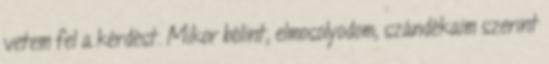
vetem fel a kérdést. Mikor bólint, elmosolyodom, szándékaim szerint